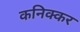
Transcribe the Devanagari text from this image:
कनिक्कर